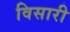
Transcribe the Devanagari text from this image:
विसारी